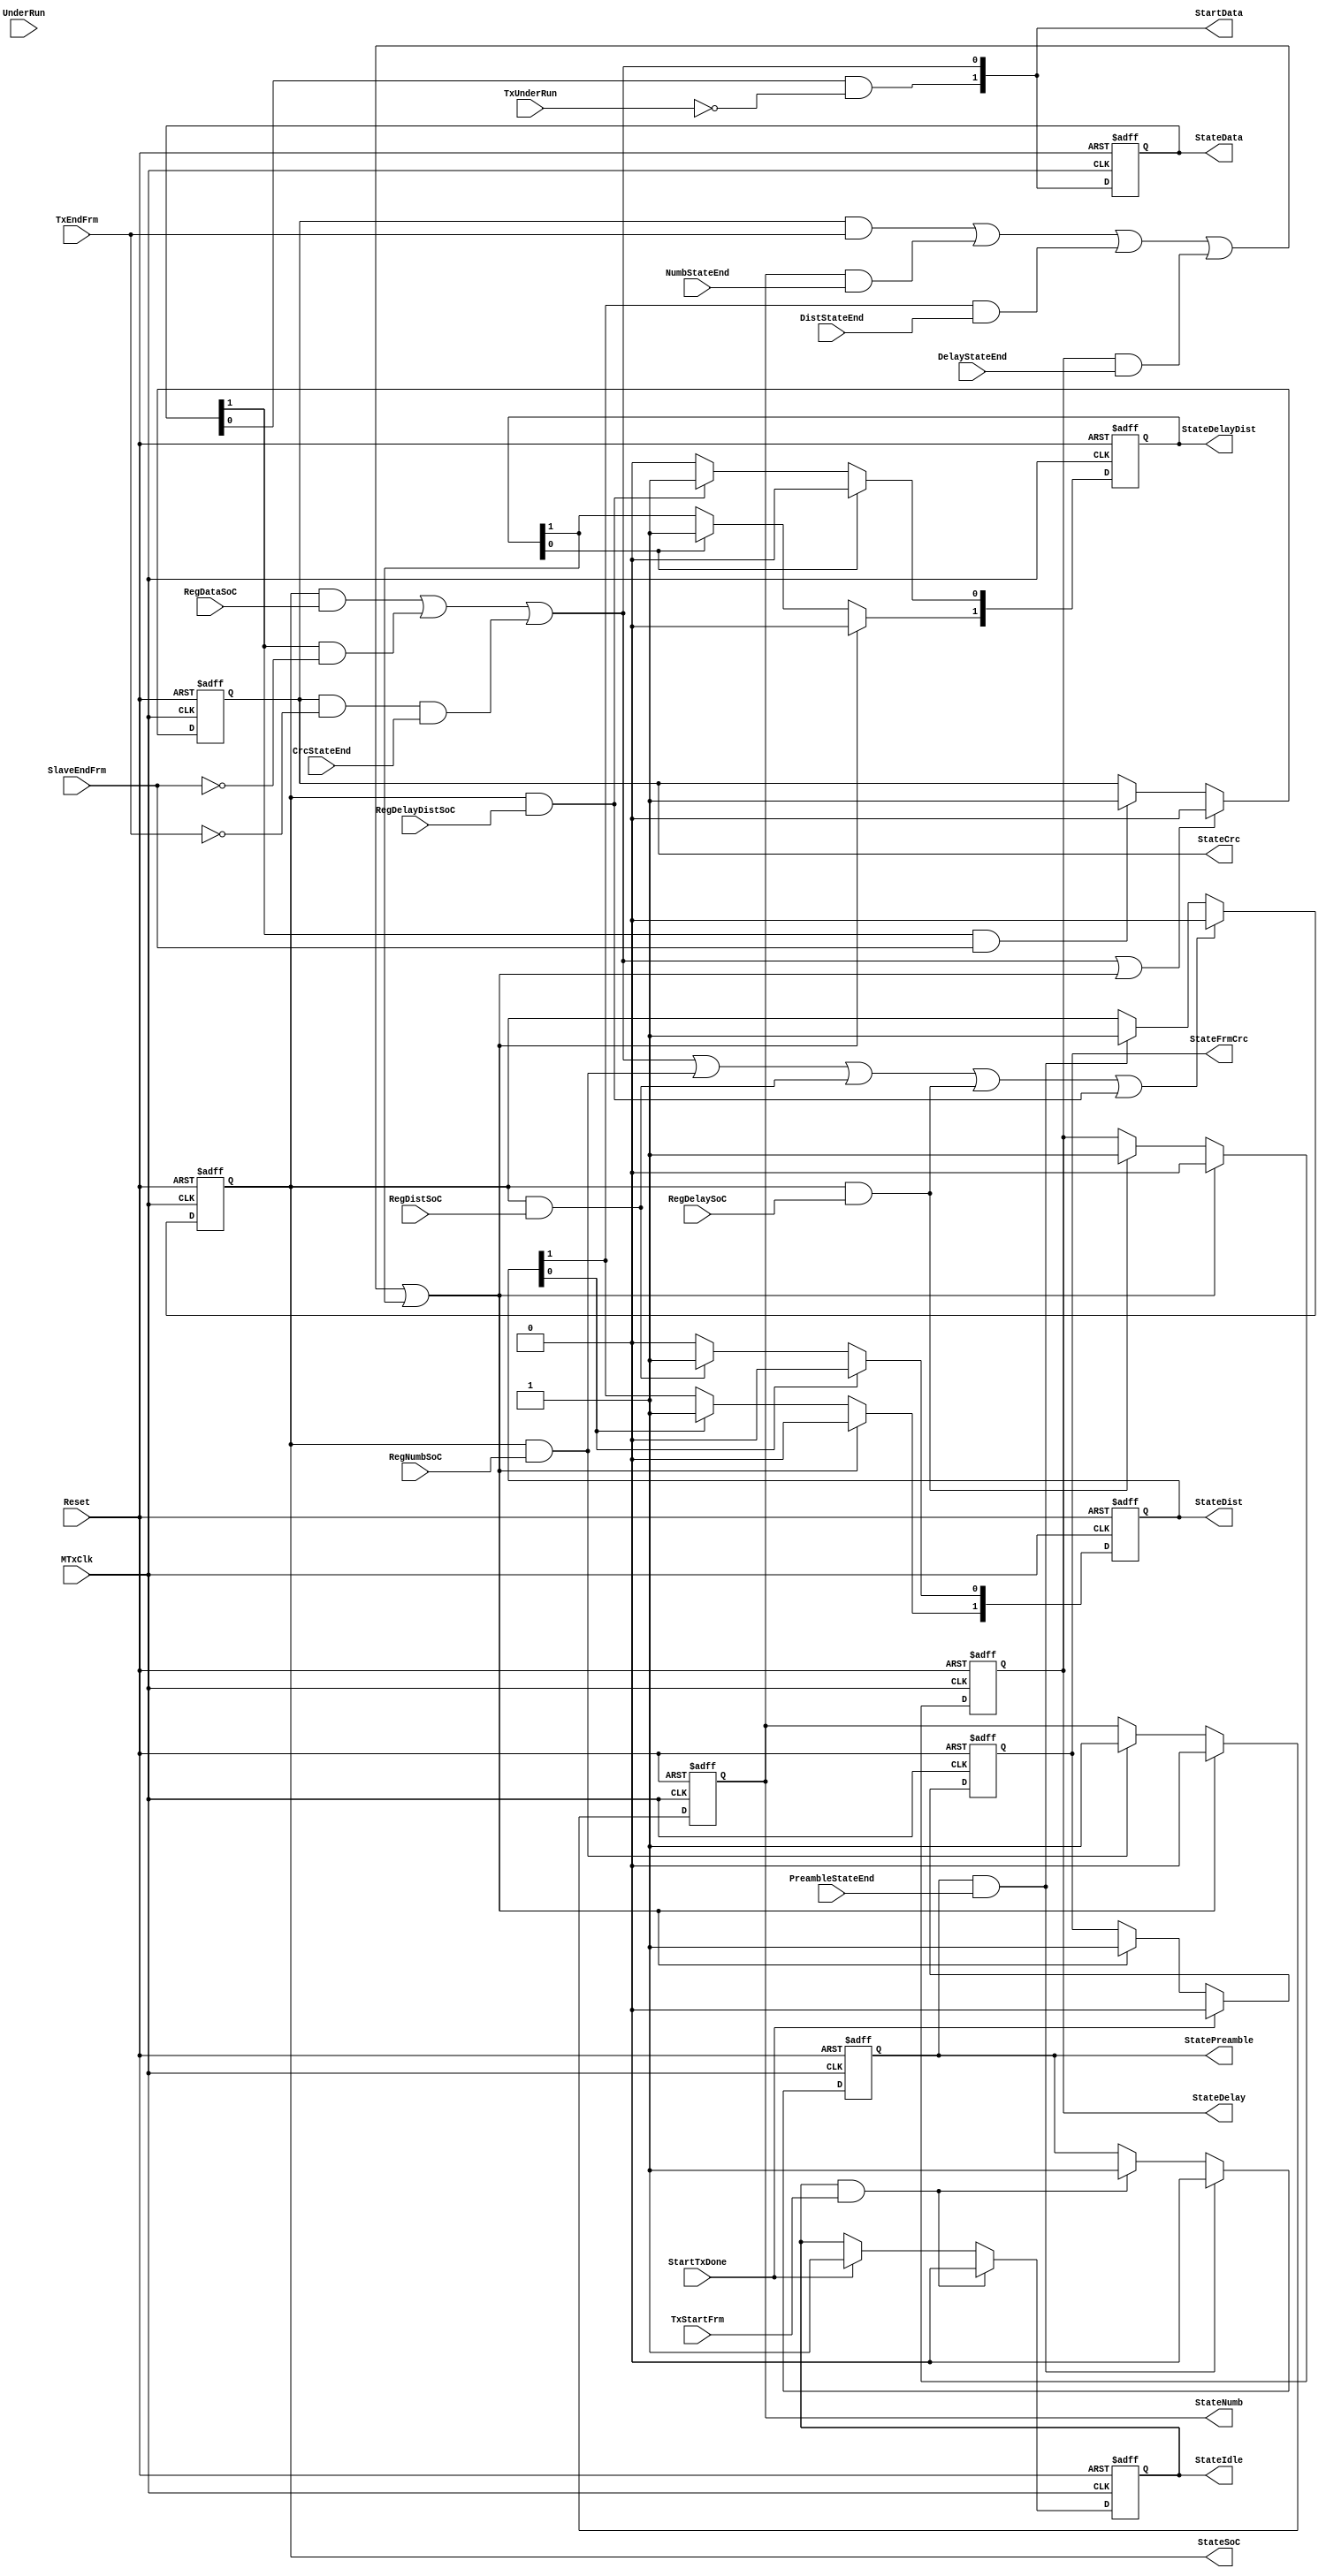
module fb_txstatem  (MTxClk, Reset, 
                     TxStartFrm, NumbStateEnd, DistStateEnd, DelayStateEnd, SlaveEndFrm, TxEndFrm, 
                      RegNumbSoC, RegDataSoC, RegDistSoC, RegDelaySoC, RegDelayDistSoC,
                      TxUnderRun, UnderRun, StartTxDone, CrcStateEnd, PreambleStateEnd,
                      StateIdle, StatePreamble, StateSoC, StateNumb, StateDist, 
                      StateDelay, StateDelayDist, StateData, StateCrc, StateFrmCrc,
                      StartData
                     );
input MTxClk;
input Reset;
input        TxStartFrm;
input        NumbStateEnd;
input        DistStateEnd;
input        DelayStateEnd;
input        SlaveEndFrm;
input        TxEndFrm;
input        RegNumbSoC;
input        RegDataSoC;
input        RegDistSoC;
input        RegDelaySoC;
input        RegDelayDistSoC;
input        TxUnderRun;
input        UnderRun;
input        StartTxDone; 
input        CrcStateEnd;
input        PreambleStateEnd;
output       StateIdle;         
output       StatePreamble;     
output       StateSoC;          
output       StateNumb;         
output [1:0] StateDist;         
output       StateDelay;        
output [1:0] StateDelayDist;    
output [1:0] StateData;         
output       StateCrc;          
output       StateFrmCrc;       
output [1:0] StartData;         
reg          StateIdle;
reg          StatePreamble;
reg          StateSoC;
reg          StateNumb;
reg    [1:0] StateDist;
reg          StateDelay;
reg    [1:0] StateDelayDist;
reg    [1:0] StateData;
reg          StateCrc;
reg          StateFrmCrc;
wire         StartIdle;          
wire         StartPreamble;     
wire         StartSoC;          
wire         StartNumb;
wire [1:0]   StartDist;
wire         StartDelay;
wire [1:0]   StartDelayDist;
wire [1:0]   StartData;
wire         StartCrc;          
wire         StartFrmCrc;       
assign StartIdle = StartTxDone;
assign StartPreamble = StateIdle & TxStartFrm;
assign StartSoC = StatePreamble & PreambleStateEnd;
assign StartNumb = StateSoC & RegNumbSoC;
assign StartDist[0] = StateSoC & RegDistSoC;
assign StartDist[1] = StateDist[0];
assign StartDelay = StateSoC & RegDelaySoC;
assign StartDelayDist[0] = StateSoC & RegDelayDistSoC;
assign StartDelayDist[1] = StateDelayDist[0];
assign StartData[0] = ( StateSoC & RegDataSoC ) | ( StateData[1] & ~SlaveEndFrm ) | ( StateCrc & ~TxEndFrm & CrcStateEnd);
assign StartData[1] =  StateData[0] & ~TxUnderRun ;
assign StartCrc =  StateData[1] & SlaveEndFrm ;
assign StartFrmCrc = StateCrc & TxEndFrm  | StateNumb & NumbStateEnd | StateDist[1] & DistStateEnd | StateDelay & DelayStateEnd | StateDelayDist[1];
always @ (posedge MTxClk or posedge Reset)
begin
  if(Reset)
    begin
      StateIdle            <=  1'b1;
      StatePreamble        <=  1'b0;
      StateSoC             <=  1'b0;
      StateNumb            <=  1'b0;
      StateDist[1:0]       <=  2'b0;
      StateDelay           <=  1'b0;
      StateDelayDist[1:0]  <=  2'b0;
      StateData[1:0]       <=  2'b0;
      StateCrc             <=  1'b0;
      StateFrmCrc          <=  1'b0;
    end
  else
    begin
      StateData[1:0] <=  StartData[1:0];
      if(StartPreamble)
        StateIdle <=  1'b0;
      else
      if(StartIdle)
        StateIdle <=  1'b1;
     if(StartSoC)
        StatePreamble <=  1'b0;
      else
      if(StartPreamble)
        StatePreamble <=  1'b1;
     if(StartData[0] | StartNumb | StartDist[0] | StartDelay | StartDelayDist[0])
        StateSoC  <=  1'b0;
      else
      if(StartSoC)
        StateSoC  <=  1'b1;
      if(StartFrmCrc)
        StateNumb <=  1'b0;
      else
      if(StartNumb)
        StateNumb <=  1'b1;
      if(StartFrmCrc)
        StateDelay <=  1'b0;
      else
      if(StartDelay)
        StateDelay <=  1'b1;
     if(StartDist[1])
        StateDist[0] <=  1'b0;
      else
      if(StartDist[0])
        StateDist[0] <=  1'b1;
     if(StartFrmCrc)
        StateDist[1] <=  1'b0;
      else
      if(StartDist[1])
        StateDist[1] <=  1'b1;
     if(StartDelayDist[1])
        StateDelayDist[0] <=  1'b0;
      else
      if(StartDelayDist[0])
        StateDelayDist[0] <=  1'b1;
     if(StartFrmCrc)
        StateDelayDist[1] <=  1'b0;
      else
      if(StartDelayDist[1])
        StateDelayDist[1] <=  1'b1;
      if(StartData[0] | StartFrmCrc)
        StateCrc <=  1'b0;
      else
      if(StartCrc)
        StateCrc <=  1'b1;
      if(StartIdle)
        StateFrmCrc <=  1'b0;
      else
      if(StartFrmCrc)
        StateFrmCrc <=  1'b1;
    end
end
endmodule